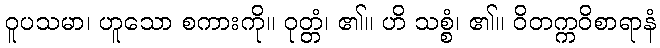
ဝူပသမာ၊ ဟူသော စကားကို။ ဝုတ္တံ၊ ၏။ ဟိ သစ္စံ၊ ၏။ ဝိတက္ကဝိစာရာနံ